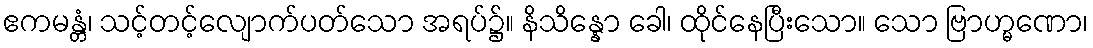
ဧကမန္တံ၊ သင့်တင့်လျောက်ပတ်သော အရပ်၌။ နိသိန္နော ခေါ၊ ထိုင်နေပြီးသော။ သော ဗြာဟ္မဏော၊